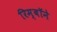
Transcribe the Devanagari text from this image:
रिम्बॉने